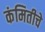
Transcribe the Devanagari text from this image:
कंमितीचे